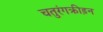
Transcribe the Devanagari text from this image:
चतुरंगक्रीड़न